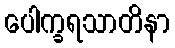
ပေါက္ခရသာတိနာ